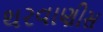
થરવાણીસ